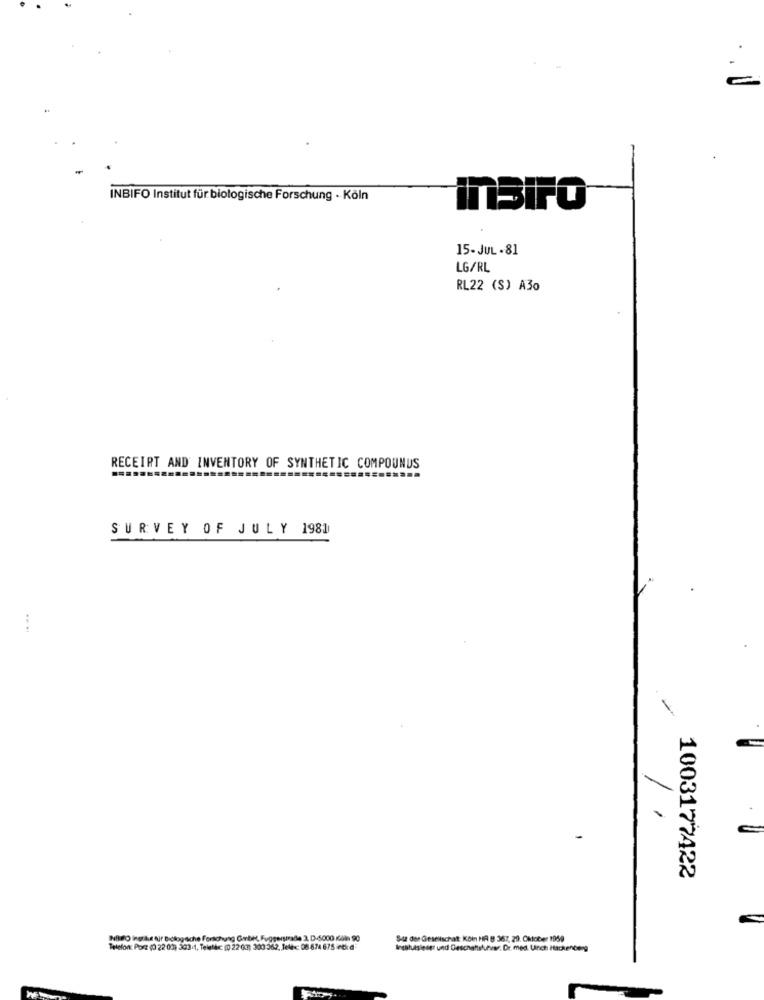
INBIFO Institut für biologische Forschung · Köln
inBirO
15-JUL .81
LG/RL
RL22 (S) A30
RECEIPT AND INVENTORY OF SYNTHETIC COMPOUNDS
SURVEY OF JULY 1981
1
1003177422
NilPO ingthe tir Dictogsiche Forschung Gmbh, Fuggerstrade 2, D-5000 Gole 90
S4z des Gestiischat: Koin HA 8 367, 29. Oktober 1959
Telefon: Porz (0 22 00) 303-1, Telallc: (0 22 (3) 300 362, Jelex: 08 874 675 irtird
lesabusiest: und Geschattskuhar. Dr. med. Unch Hackenberg